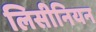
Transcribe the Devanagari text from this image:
लिसीनियन